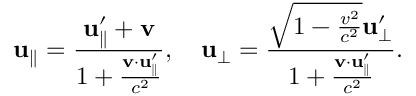
\mathbf { u } _ { \parallel } = { \frac { \mathbf { u } _ { \parallel } ^ { \prime } + \mathbf { v } } { 1 + { \frac { \mathbf { v } \cdot \mathbf { u } _ { \parallel } ^ { \prime } } { c ^ { 2 } } } } } , \quad \mathbf { u } _ { \perp } = { \frac { { \sqrt { 1 - { \frac { v ^ { 2 } } { c ^ { 2 } } } } } \mathbf { u } _ { \perp } ^ { \prime } } { 1 + { \frac { \mathbf { v } \cdot \mathbf { u } _ { \parallel } ^ { \prime } } { c ^ { 2 } } } } } .